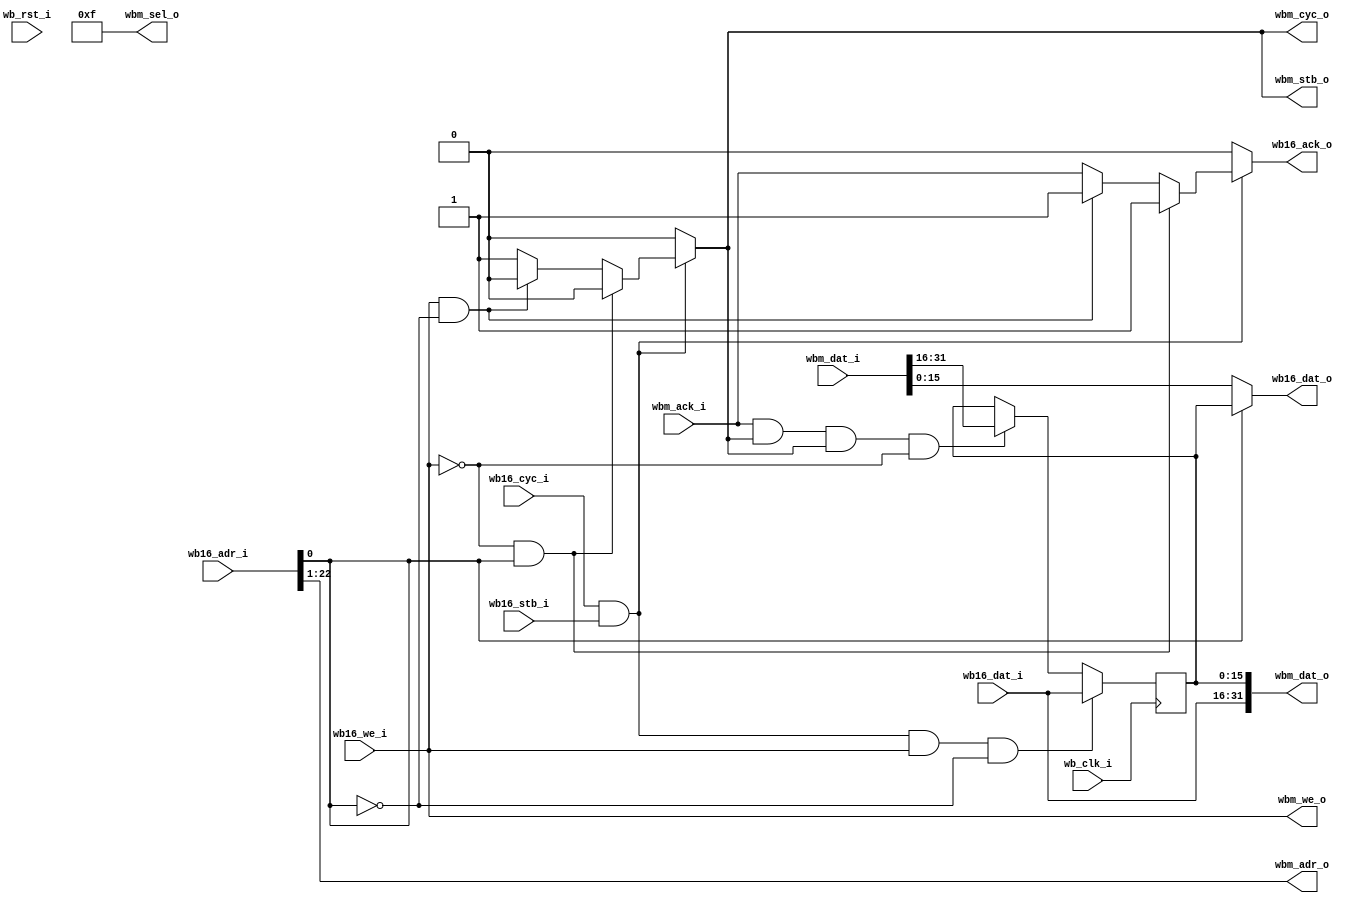
/* Copyright 2005-2006, Technologic Systems
 * All Rights Reserved.
 *
 * Author(s): Jesse Off <joff@embeddedARM.com>
 */
 
/*
 *  This program is free software; you can redistribute it and/or modify
 *  it under the terms of the GNU General Public License v2 as published by
 *  the Free Software Foundation.
 *
 *  This program is distributed in the hope that it will be useful,
 *  but WITHOUT ANY WARRANTY; without even the implied warranty of
 *  MERCHANTABILITY or FITNESS FOR A PARTICULAR PURPOSE.  See the
 *  GNU General Public License for more details.

 *  You should have received a copy of the GNU General Public License
 *  along with this program; if not, write to the Free Software
 *  Foundation, Inc., 51 Franklin Street, Fifth Floor, Boston, MA  02110-1301  USA
 */


module wb32_bridge(
  wb_clk_i,
  wb_rst_i,

  wb16_adr_i,
  wb16_dat_i,
  wb16_dat_o,
  wb16_cyc_i,
  wb16_stb_i,
  wb16_we_i,
  wb16_ack_o,

  wbm_adr_o,
  wbm_dat_o,
  wbm_dat_i,
  wbm_cyc_o,
  wbm_stb_o,
  wbm_we_o,
  wbm_ack_i,
  wbm_sel_o
);

input wb_clk_i, wb_rst_i;
input [22:0] wb16_adr_i;
input [15:0] wb16_dat_i;
output [15:0] wb16_dat_o;
input wb16_cyc_i, wb16_stb_i, wb16_we_i;
output wb16_ack_o;

output [21:0] wbm_adr_o;
output [3:0] wbm_sel_o;
input [31:0] wbm_dat_i;
output [31:0] wbm_dat_o;
output wbm_cyc_o, wbm_stb_o, wbm_we_o;
input wbm_ack_i;

reg [15:0] datlatch;
reg wb16_ack_o, wbm_cyc_o, wbm_stb_o;

assign wb16_dat_o = wb16_adr_i[0] ? datlatch : wbm_dat_i[15:0];
always @(wb16_adr_i or wb16_we_i or wb16_cyc_i or wb16_stb_i or wbm_ack_i) begin
  wb16_ack_o = 1'b0;
  wbm_cyc_o = 1'b0;
  wbm_stb_o = 1'b0;
  if (wb16_cyc_i && wb16_stb_i) begin
    if (!wb16_we_i && wb16_adr_i[0]) begin
      wb16_ack_o = 1'b1;
    end else if (wb16_we_i && !wb16_adr_i[0]) begin
      wb16_ack_o = 1'b1;
    end else begin
      wbm_cyc_o = 1'b1;
      wbm_stb_o = 1'b1;
      wb16_ack_o = wbm_ack_i;
    end
  end  
end 

assign wbm_dat_o = {wb16_dat_i, datlatch};
assign wbm_we_o = wb16_we_i;
assign wbm_adr_o = wb16_adr_i[22:1];
assign wbm_sel_o = 4'b1111;
always @(posedge wb_clk_i) begin
  if (wbm_ack_i && wbm_stb_o && wbm_cyc_o && !wbm_we_o)
    datlatch <= wbm_dat_i[31:16]; 

  if (wb16_cyc_i && wb16_stb_i && wb16_we_i && !wb16_adr_i[0])
    datlatch <= wb16_dat_i;
end

endmodule